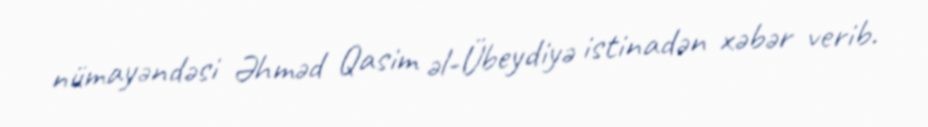
nümayəndəsi Əhməd Qasim əl-Übeydiyə istinadən xəbər verib.